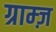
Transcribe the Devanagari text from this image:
ग्राम्ज़